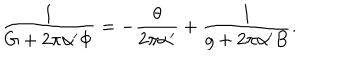
LaTeX: \frac { 1 } { G + 2 \pi { \alpha ^ { \prime } } \Phi } = - \frac { \theta } { 2 \pi { \alpha ^ { \prime } } } + \frac { 1 } { g + 2 \pi { \alpha ^ { \prime } } B } .